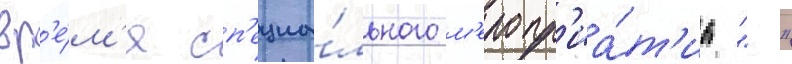
вр'е́м'я сп'ециа́льного м'еропр'иа́т'иа "-"